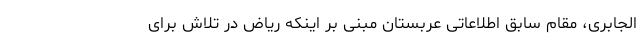
الجابری، مقام سابق اطلاعاتی عربستان مبنی بر اینکه ریاض در تلاش برای